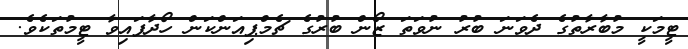
ޓީމަކީ މުބާރާތުގެ ދެވަނަ ބުރު ނުވަތަ ޒޯން ބުރުގެ ޗެމްޕިއަންކަން ހޯދާފައިވާ ޓީމުތަކެވެ.